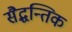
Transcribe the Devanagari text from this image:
सैद्धन्तिक